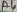
Text: A4